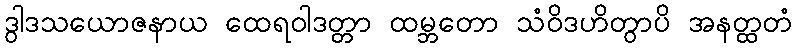
ဒွါဒသယောဇနာယ ထေရဝါဒတ္တာ ထမ္ဘတော သံဝိဒဟိတွာပိ အနတ္ထတံ